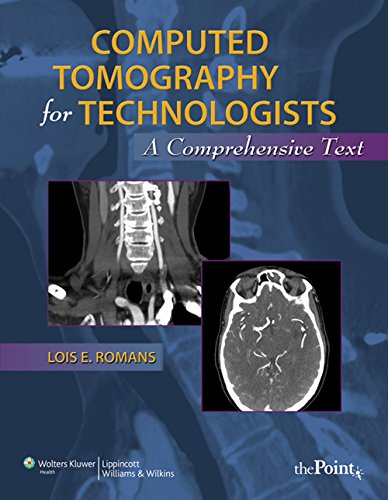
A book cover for Computed Tomography for Technologists: A Comprehensive Text; Lois Romans BA  RT(R)(CT); Medical Books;